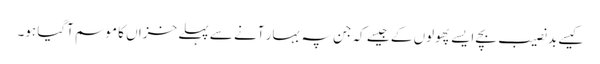
کیسے بد نصیب بچے ایسے پھولوں کے جیسے کہ جن پہ بہار آنے سے پہلے خزاں کا موسم آگیا ہو۔